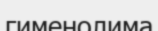
гименолима